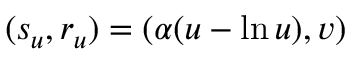
( s _ { u } , r _ { u } ) = ( \alpha ( u - \ln u ) , v )